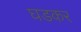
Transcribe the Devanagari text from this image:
घडकर